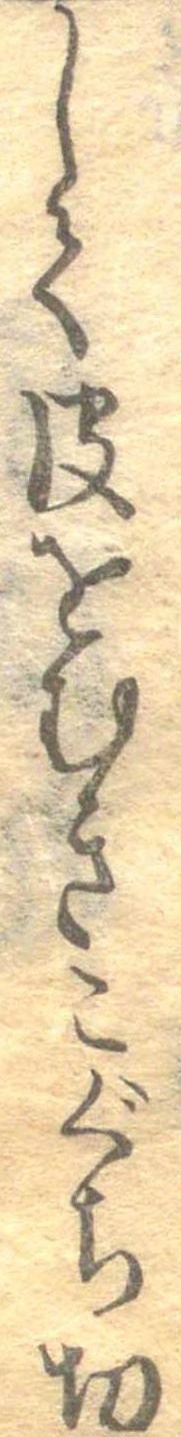
して皮をむきこぐち切